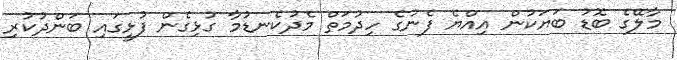
މާލޭގެ ބޮޑު ބަޔަކުން އިއްޔެ ފެނުގެ ހިދުމަތް މެދުކެނޑުމާ ގުޅިގެން ފުޅީގައި ބަންދުކުރި